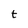
Character: t